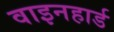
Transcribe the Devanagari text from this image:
वाइनहार्ड